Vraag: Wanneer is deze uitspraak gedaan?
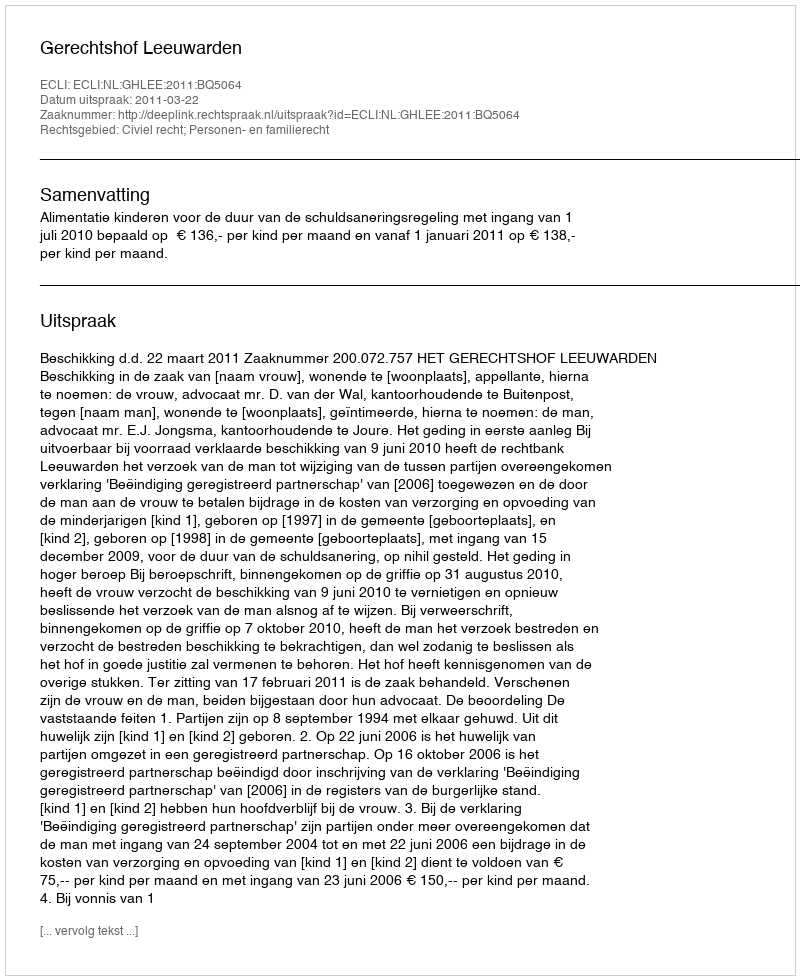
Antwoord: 2011-03-22